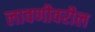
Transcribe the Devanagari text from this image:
लावणीवरील